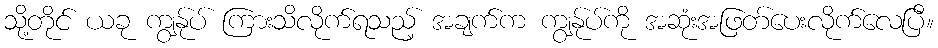
သို့တိုင် ယခု ကျွန်ုပ် ကြားသိလိုက်ရသည့် အချက်က ကျွန်ုပ်ကို အဆုံးအဖြတ်ပေးလိုက်လေပြီ။